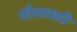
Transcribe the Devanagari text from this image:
मौलासरी